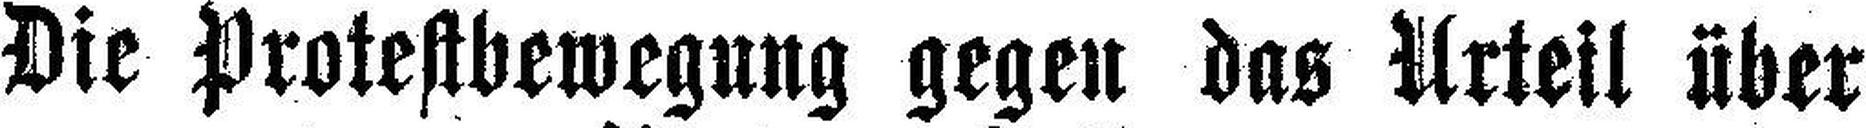
Die Protestbewegung gegen das Urteil über